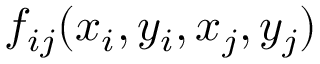
f _ { i j } ( x _ { i } , y _ { i } , x _ { j } , y _ { j } )